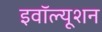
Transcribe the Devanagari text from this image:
इवॉल्यूशन